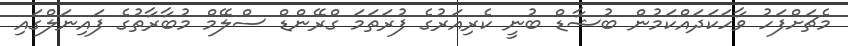
މެޗަށްފަހު ވާހަކަދައްކަމުން ބުޝާޑް ބުނީ ކެރިއަރުގެ ފުރަތަމަ ގްރޭންޑް ސްލޭމް މުބާރާތުގެ ފައިނަލްގައި